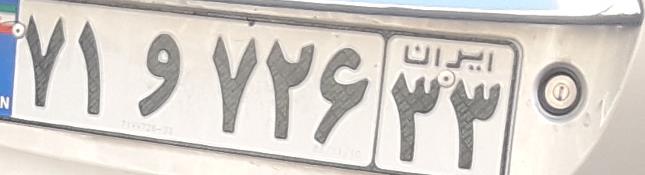
۷۱و۷۲۶۳۳